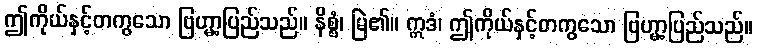
ဤကိုယ်နှင့်တကွသော ဗြဟ္မာ့ပြည်သည်။ နိစ္စံ၊ မြဲ၏။ ဣဒံ၊ ဤကိုယ်နှင့်တကွသော ဗြဟ္မာ့ပြည်သည်။